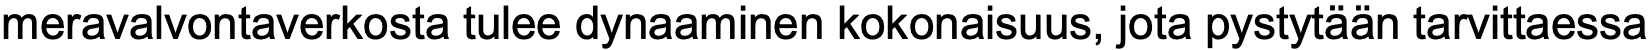
meravalvontaverkosta tulee dynaaminen kokonaisuus, jota pystytään tarvittaessa